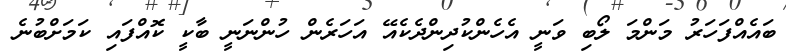
ބައެއްފަހަރު މަންމަ ލޯބި ވަނީ އެހެންކުދިންދެކެއޭ އަހަރެން ހުންނަނީ ބާކީ ކޮއްފައި ކަމަށްބުނެ